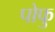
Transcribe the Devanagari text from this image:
पोफु